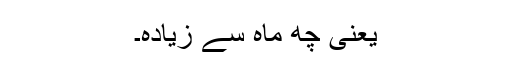
یعنی چھ ماہ سے زیادہ۔